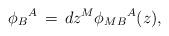
LaTeX: \begin{align*}{\phi_B}^A \,=\,dz^M {\phi_{MB}}^A (z), \end{align*}